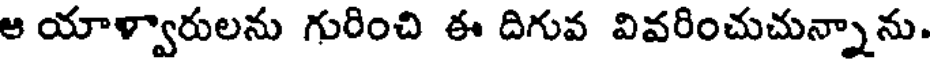
ఆ యాళ్వారులను గురించి ఈ దిగువ వివరించుచున్నాను.